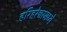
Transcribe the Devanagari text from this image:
हरिहरेश्वरमध्ये